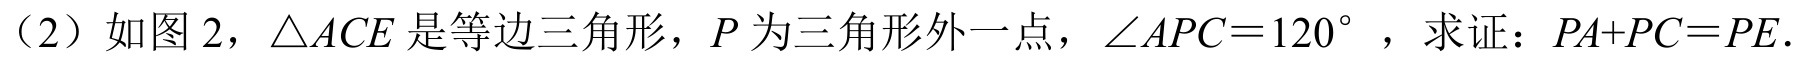
（2）如图2，\(\triangle ACE\) 是等边三角形，\(P\) 为三角形外一点，\(\angle APC = 120^{\circ}\) ，求证：\(PA + PC = PE\).